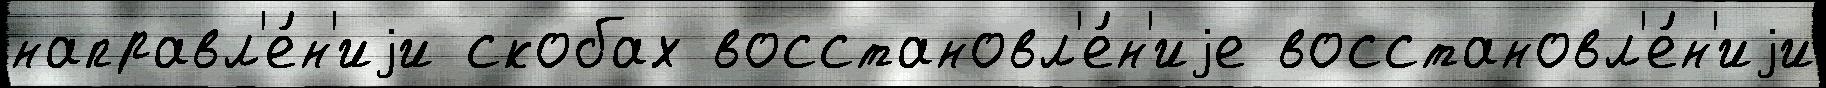
направл'е́н'иjи скобах восстановл'е́н'иjе восстановл'е́н'иjи